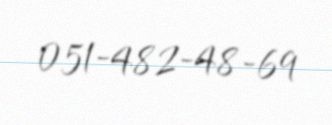
051-482-48-69